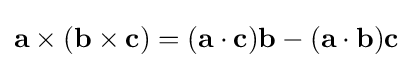
{\textstyle \mathbf {a} \times (\mathbf {b} \times \mathbf {c} )=(\mathbf {a} \cdot \mathbf {c} )\mathbf {b} -(\mathbf {a} \cdot \mathbf {b} )\mathbf {c} }